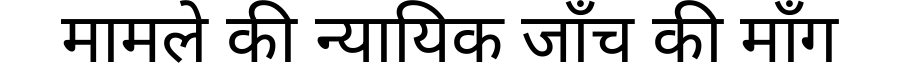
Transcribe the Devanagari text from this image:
मामले की न्यायिक जाँच की माँग